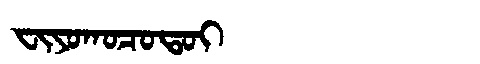
Manchu: ᠸᡳᠶᠣᡴᠣᠴᠣᡨᠣᡳ
Romanization: FIYOKOCOTOI